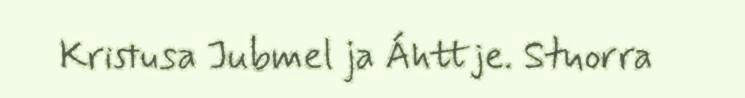
Kristusa Jubmel ja Áhttje. Stuorra